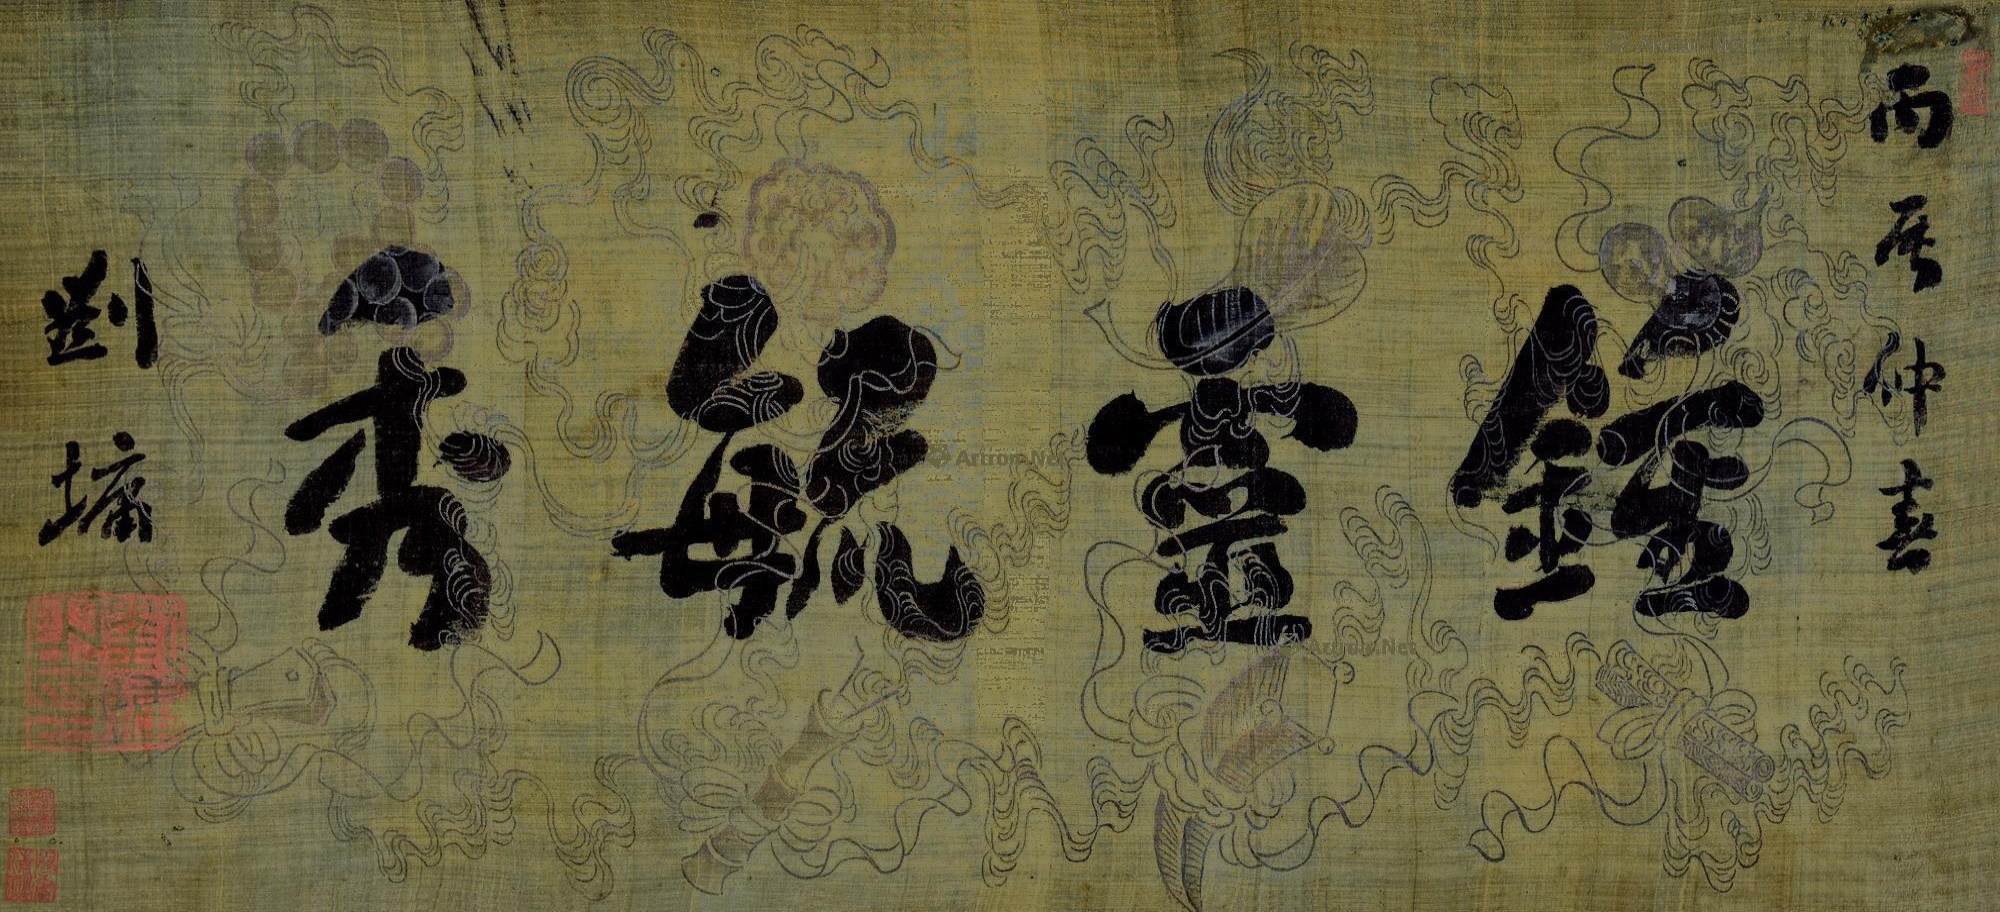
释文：钟灵毓秀丙辰仲春，刘墉。